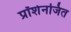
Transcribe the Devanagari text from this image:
प्रॉशेनजित